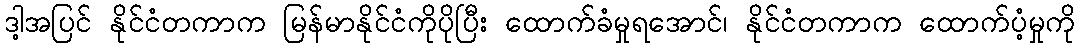
ဒါ့အပြင် နိုင်ငံတကာက မြန်မာနိုင်ငံကိုပိုပြီး ထောက်ခံမှုရအောင်၊ နိုင်ငံတကာက ထောက်ပံ့မှုကို